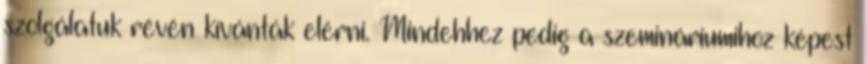
szolgálatuk révén kívánták elérni. Mindehhez pedig a szemináriumihoz képest